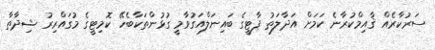
ސަރުކާރެއް ޤާއިމްކުރާނެ ކަމަށް އަދާލަތު ޕާޓީގެ ބައިނަލްއަގުވާމީ ގުޅުންތަކާބެހޭ ކޮމިޓީގެ މުގައްރިރު ޝިދާތާ